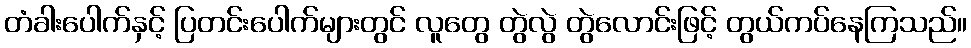
တံခါးပေါက်နှင့် ပြတင်းပေါက်များတွင် လူတွေ တွဲလွဲ တွဲလောင်းဖြင့် တွယ်ကပ်နေကြသည်။